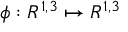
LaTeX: \phi : R ^ { 1 , 3 } \mapsto R ^ { 1 , 3 }